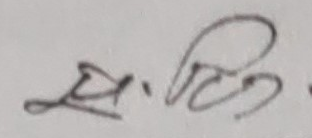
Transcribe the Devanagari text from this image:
सति